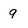
Character: 9